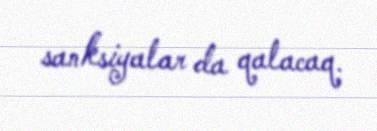
sanksiyalar da qalacaq.